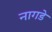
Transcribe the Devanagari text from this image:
नागडे